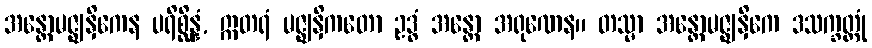
အန္တောမဇ္ဈနှိကေန ပရိစ္ဆိန္နံ, ဣတရံ မဇ္ဈနှိကတော ဥဒ္ဓံ အန္တော အရုဏေန။ တသ္မာ အန္တောမဇ္ဈနှိကေ ဒသက္ခတ္တုံ